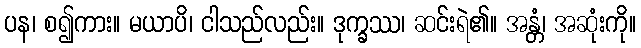
ပန၊ စ၍ကား။ မယာပိ၊ ငါသည်လည်း။ ဒုက္ခဿ၊ ဆင်းရဲ၏။ အန္တံ၊ အဆုံးကို။